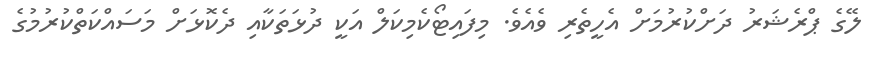
ލޭގެ ޕްރެޝަރު ދަށްކުރުމަށް އެހީތެރި ވެއެވެ. މިފައިޓޯކެމިކަލް އަކީ ދުޅަތަކާއި ދެކޮޅަށް މަސައްކަތްކުރުމުގެ